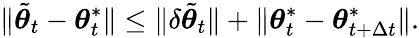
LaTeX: \lVert\tilde{{\boldsymbol{\theta}}}_{t}-{\boldsymbol{\theta}}_{t}^{*}\rVert\leq\| \delta\tilde{{\boldsymbol{\theta}}}_{t}\| +\| {\boldsymbol{\theta}}_{t}^{*}-{\boldsymbol{\theta}}_{t+\Delta t}^{*}\| .